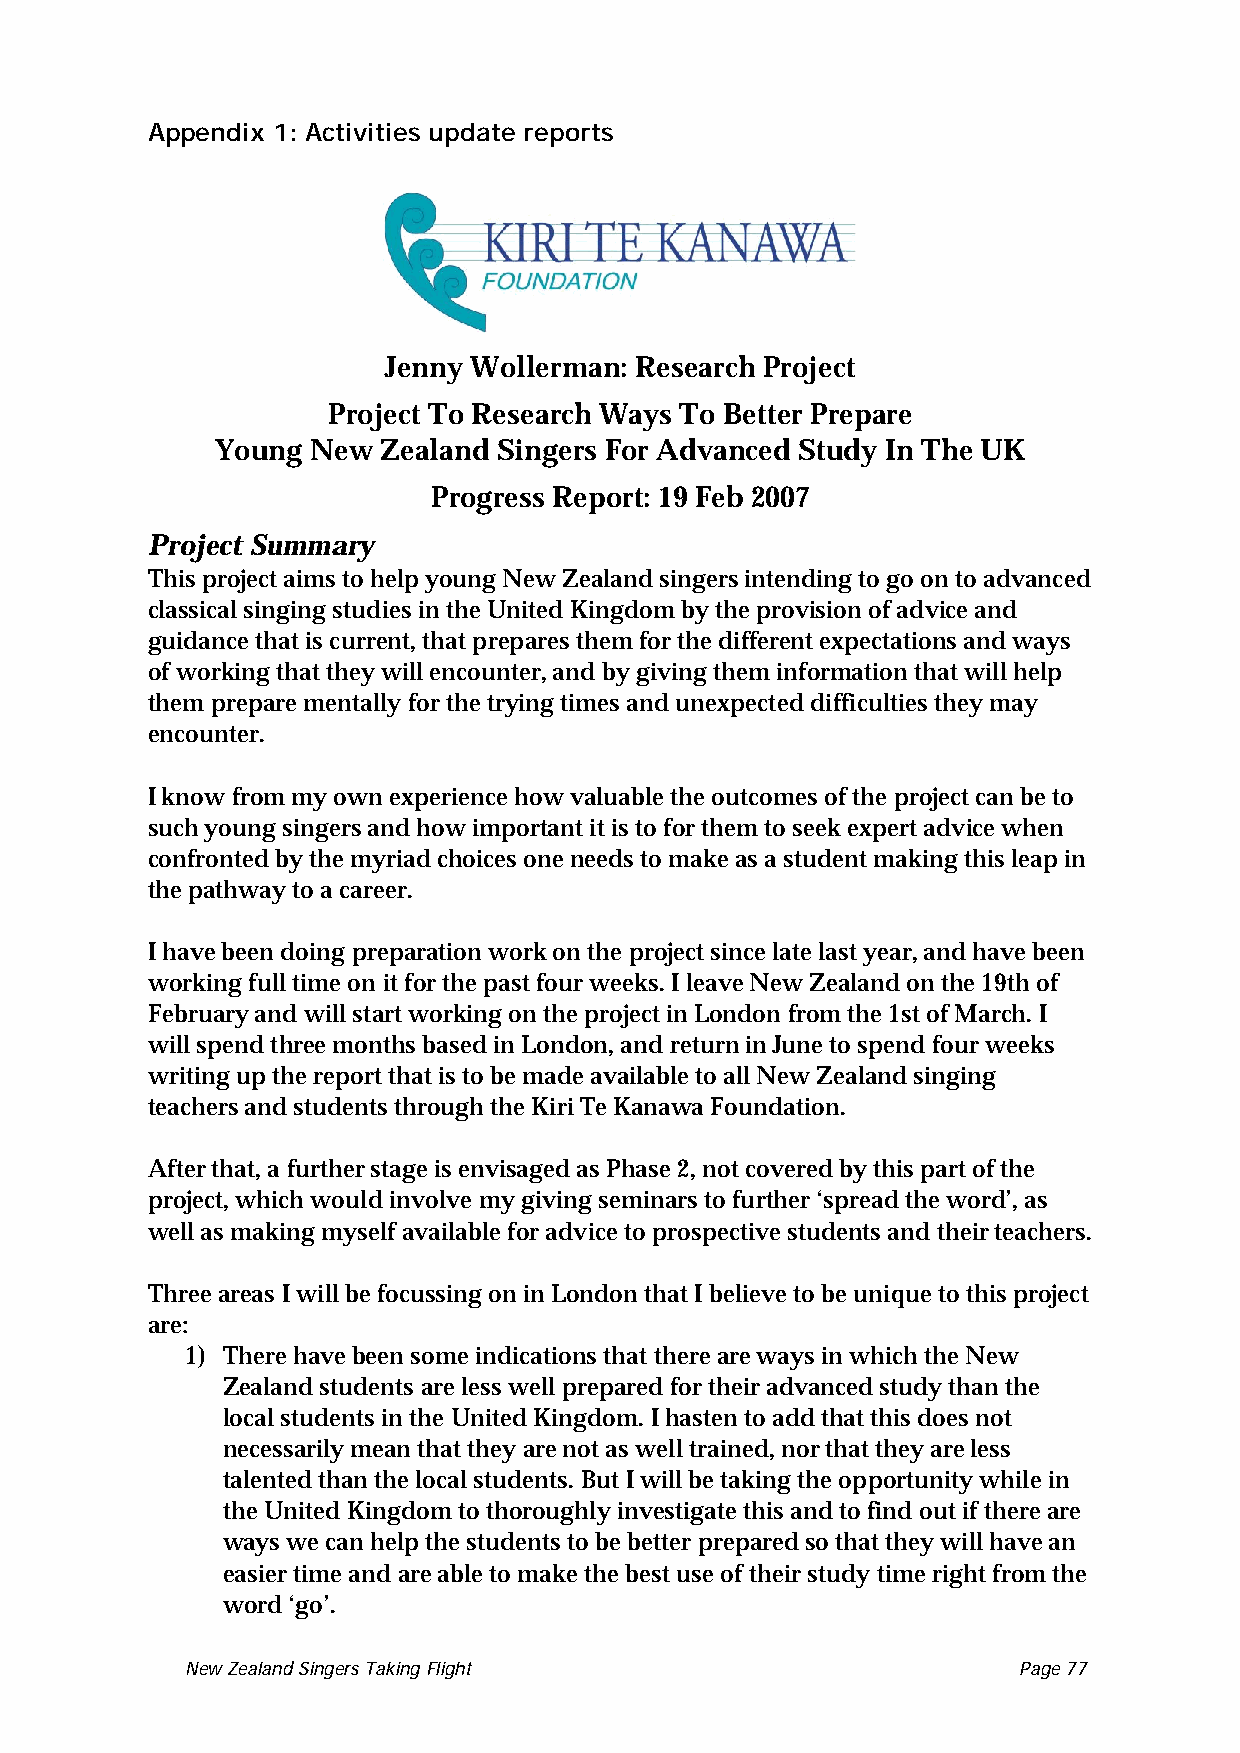
Appendix 1: Activities update reports
 Jenny Wollerman: Research Project
 Project To Research Ways To Better Prepare
 Young  New Zealand Singers For Advanced Study In The UK
 Progress Report: 19 Feb 2007
 Project Summary
 This project aims to help young New Zealand singers intending to go on to advanced
 classical singing studies in the United Kingdom by the provision of advice and
 guidance that is current, that prepares them for the different expectations and ways
 of working that they will encounter, and by giving them information that will help
 them prepare mentally for the trying times and unexpected difficulties they may
 encounter.
 I know from my own experience how valuable the outcomes of the project can be to
 such young singers and how important it is to for them to seek expert advice when
 confronted by the myriad choices one needs to make as a student making this leap in
 the pathway to a career.
 I have been doing preparation work on the project since late last year, and have been
 working full time on it for the past four weeks. I leave New Zealand on the 19th of
 February and will start working on the project in London from the 1st of March. I
 will spend three months based in London, and return in June to spend four weeks
 writing up the report that is to be made available to all New Zealand singing
 teachers and students through the Kiri Te Kanawa Foundation.
 After that, a further stage is envisaged as Phase 2, not covered by this part of the
 project, which would involve my giving seminars to further ‘spread the word’, as
 well as making myself available for advice to prospective students and their teachers.
 Three areas I will be focussing on in London that I believe to be unique to this project
 are:
 1) There have been some indications that there are ways in which the New
 Zealand students are less well prepared for their advanced study than the
 local students in the United Kingdom. I hasten to add that this does not
 necessarily mean that they are not as well trained, nor that they are less
 talented than the local students. But I will be taking the opportunity while in
 the United Kingdom to thoroughly investigate this and to find out if there are
 ways we can help the students to be better prepared so that they will have an
 easier time and are able to make the best use of their study time right from the
 word ‘go’.
 New Zealand Singers Taking Flight Page 77